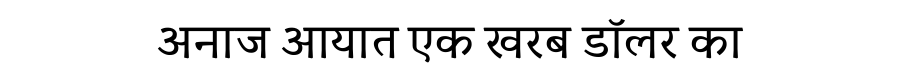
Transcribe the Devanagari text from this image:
अनाज आयात एक खरब डॉलर का